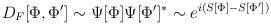
LaTeX: \begin{align*}D_F[\Phi ,\Phi ^{\prime}]\sim \Psi [\Phi ]\Psi [\Phi^{\prime}]^*\sim e^{i(S[\Phi ]-S[\Phi ^{\prime}])}\end{align*}